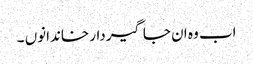
اب وہ ان جاگیردار خاندانوں ۔